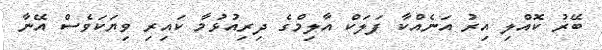
ބޭރު ކޮއްލި އިރު އަނެއްކާ ފަލަކް އާލިމްގެ ދިރިއުޅުމާ ކައިރި ވިޔަކަވެސް އޭނާ